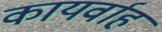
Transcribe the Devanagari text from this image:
कायर्वाह